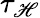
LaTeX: \tau_{\mathscr{H}}